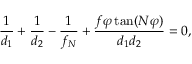
\frac { 1 } { d _ { 1 } } + \frac { 1 } { d _ { 2 } } - \frac { 1 } { f _ { N } } + \frac { f \varphi \tan ( N \varphi ) } { d _ { 1 } d _ { 2 } } = 0 ,